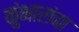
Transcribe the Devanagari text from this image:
कुंभारांचा